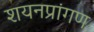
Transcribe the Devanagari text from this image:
शयनप्रांगण